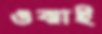
ওঝাই